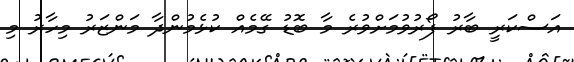
އަސްކަރީ ބާރު ފޯރުވުމަށްވުރެ މާ ބޮޑު ގޭމެއް ކުޅެމުންދާ މަންޒަރު މިހާރު މި